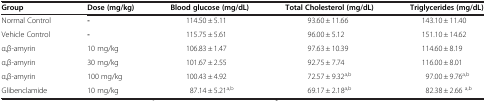
<table><thead><tr><td><b>Group</b></td><td><b>Dose (mg/kg)</b></td><td><b>Blood glucose (mg/dL)</b></td><td><b>Total Cholesterol (mg/dL)</b></td><td><b>Triglycerides (mg/dL)</b></td></tr></thead><tbody><tr><td>Normal Control</td><td><b>-</b></td><td>114.50 ± 5.11</td><td>93.60 ± 11.66</td><td>143.10 ± 11.40</td></tr><tr><td>Vehicle Control</td><td><b>-</b></td><td>115.75 ± 5.61</td><td>96.00 ± 5.12</td><td>151.10 ± 14.62</td></tr><tr><td>α,β-amyrin</td><td>10 mg/kg</td><td>106.83 ± 1.47</td><td>97.63 ± 10.39</td><td>114.60 ± 8.19</td></tr><tr><td>α,β-amyrin</td><td>30 mg/kg</td><td>101.67 ± 2.55</td><td>92.75 ± 7.74</td><td>116.00 ± 8.01</td></tr><tr><td>α,β-amyrin</td><td>100 mg/kg</td><td>100.43 ± 4.92</td><td>72.57 ± 9.32<sup>a,b</sup></td><td>97.00 ± 9.76<sup>a,b</sup></td></tr><tr><td>Glibenclamide</td><td>10 mg/kg</td><td>87.14 ± 5.21<sup>a,b</sup></td><td>69.17 ± 2.18<sup>a,b</sup></td><td>82.38 ± 2.66 <sup>a,b</sup></td></tr></tbody></table>